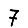
Digit: 7